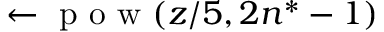
\leftarrow \mathrm { ~ p ~ o ~ w ~ } ( z / 5 , 2 n ^ { * } - 1 )